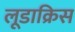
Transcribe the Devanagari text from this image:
लूडाक्रिस